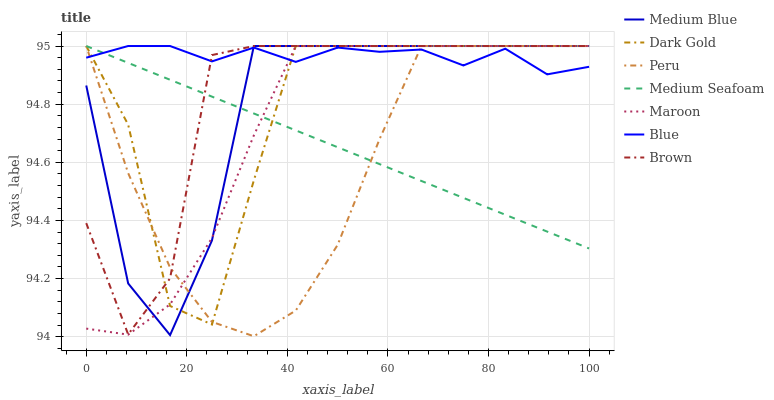
| xaxis_label | Medium Blue | Dark Gold | Peru | Medium Seafoam | Maroon | Blue | Brown |
 | --- | --- | --- | --- | --- | --- | --- | --- |
 | 0 | 94.9 | 95 | 95 | 95 | 94 | 95 | 94.4 |
 | 8.33 | 94.2 | 94.7 | 94.6 | 94.9 | 94 | 95 | 94 |
 | 16.7 | 94 | 94.1 | 94.2 | 94.9 | 94.1 | 95 | 94.2 |
 | 25 | 94.3 | 94 | 94.1 | 94.8 | 94.3 | 94.9 | 95 |
 | 33.3 | 95 | 94.5 | 94 | 94.8 | 94.7 | 95 | 95 |
 | 41.7 | 95 | 95 | 94.1 | 94.7 | 95 | 94.9 | 95 |
 | 50 | 95 | 95 | 94.3 | 94.7 | 95 | 95 | 95 |
 | 58.3 | 95 | 95 | 94.7 | 94.6 | 95 | 95 | 95 |
 | 66.7 | 95 | 95 | 95 | 94.5 | 95 | 95 | 95 |
 | 75 | 95 | 95 | 95 | 94.5 | 95 | 94.9 | 95 |
 | 83.3 | 95 | 95 | 95 | 94.4 | 95 | 95 | 95 |
 | 91.7 | 95 | 95 | 95 | 94.4 | 95 | 94.9 | 95 |
 | 100 | 95 | 95 | 95 | 94.3 | 95 | 94.9 | 95 |